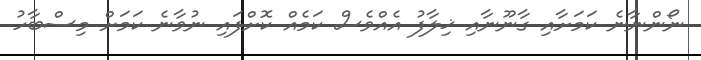
ނޯންނާނެ ކަމަށާއި ގާނޫނާއި ޚިލާފު އެއްވެސް ކަމެއް ކޮށްފައި ނުވާނެ ކަމަށް މިސްބާހު